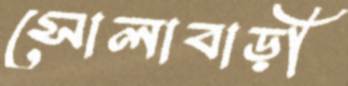
সোলাবাড়ী